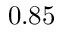
0 . 8 5